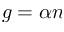
g = \alpha n